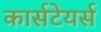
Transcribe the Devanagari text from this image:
कार्सटेयर्स